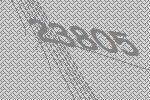
23805